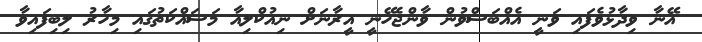
އޭނާ ވިދާޅުވެފައި ވަނީ އެއްބަސްވުން ވާންޖެހޭނީ އީރާނަށް ނިއުކްލިއާ މަސައްކަތުގައި މިހާރު ލިބިފައިވާ